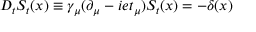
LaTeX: D _ { t } S _ { t } ( x ) \equiv \gamma _ { \mu } ( \partial _ { \mu } - i e t _ { \mu } ) S _ { t } ( x ) = - \delta ( x )